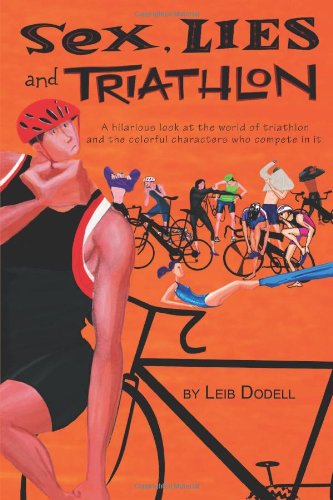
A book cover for Sex, Lies and Triathlon; Leib Dodell; Humor & Entertainment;